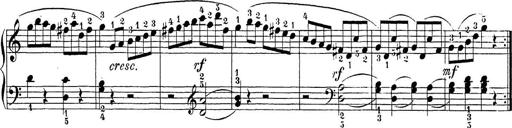
Title: Sonatina Album
Composer: Louis KÃ¶hler